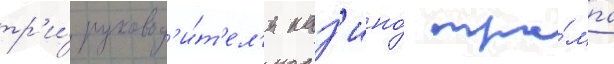
тр'и́ руковод'и́т'ел'я каз'ино́ тра́мпа